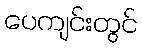
ပေကျင်းတွင်